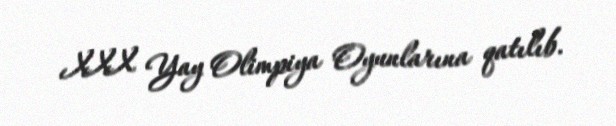
XXX Yay Olimpiya Oyunlarına qatılıb.